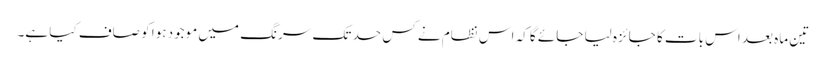
تین ماہ بعد اس بات کا جائزہ لیا جائے گا کہ اس نظام نے کس حد تک سرنگ میں موجود ہوا کو صاف کیا ہے۔